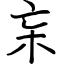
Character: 杗